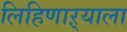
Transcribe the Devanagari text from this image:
लिहिणाऱ्याला